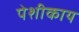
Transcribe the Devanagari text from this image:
पेशीकाय